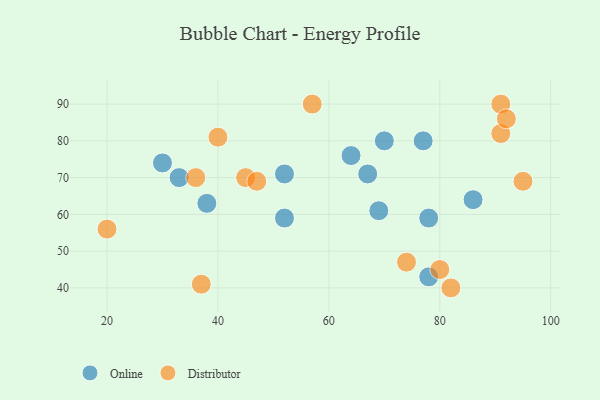
{"axis": {"x": "GDP", "y": "Life Expectancy"}, "legend": ["Distributor", "Online"], "data": [{"x": "52", "y": 59, "type": "Online"}, {"x": "64", "y": 76, "type": "Online"}, {"x": "78", "y": 59, "type": "Online"}, {"x": "30", "y": 74, "type": "Online"}, {"x": "67", "y": 71, "type": "Online"}, {"x": "86", "y": 64, "type": "Online"}, {"x": "69", "y": 61, "type": "Online"}, {"x": "78", "y": 43, "type": "Online"}, {"x": "33", "y": 70, "type": "Online"}, {"x": "77", "y": 80, "type": "Online"}, {"x": "52", "y": 71, "type": "Online"}, {"x": "38", "y": 63, "type": "Online"}, {"x": "70", "y": 80, "type": "Online"}, {"x": "37", "y": 41, "type": "Distributor"}, {"x": "91", "y": 82, "type": "Distributor"}, {"x": "91", "y": 90, "type": "Distributor"}, {"x": "92", "y": 86, "type": "Distributor"}, {"x": "80", "y": 45, "type": "Distributor"}, {"x": "45", "y": 70, "type": "Distributor"}, {"x": "82", "y": 40, "type": "Distributor"}, {"x": "95", "y": 69, "type": "Distributor"}, {"x": "74", "y": 47, "type": "Distributor"}, {"x": "20", "y": 56, "type": "Distributor"}, {"x": "40", "y": 81, "type": "Distributor"}, {"x": "57", "y": 90, "type": "Distributor"}, {"x": "36", "y": 70, "type": "Distributor"}, {"x": "47", "y": 69, "type": "Distributor"}]}